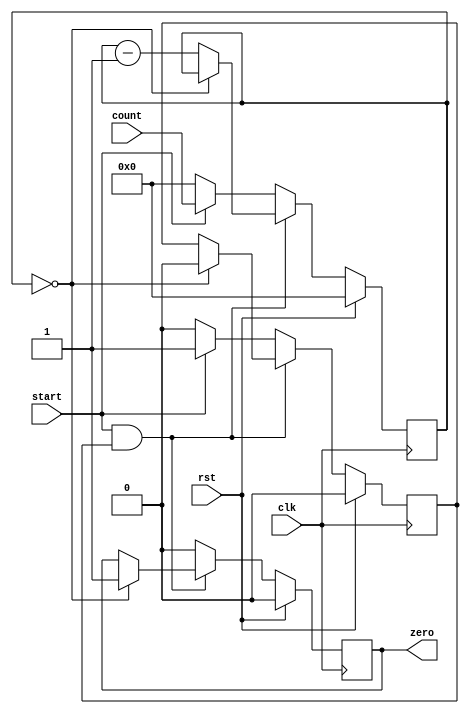
module COUNT(
  input clk, rst, start,
  input[7:0] count,
  output reg zero
);

reg[7:0] _count;

reg state;

always@(posedge clk)begin
  if(rst)begin
    state <= 0;
    _count <= 8'b0;
    zero <= 0;
  end
  else if(start && state)begin
    if(_count == 0)begin
      state <= 0;
      zero <= 1;
    end
    else begin
      _count <= _count - 1;
    end
  end
  else if(start)begin
    state <= 1;
    _count <= count;
    zero <= 0;
  end
  else begin
    state <= 0;
    _count <= 0;
    zero <= 0;
  end
end


endmodule